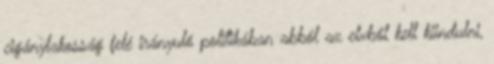
cigánylakosság felé irányuló politikában abból az elvből kell kiindulni,